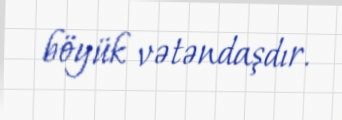
böyük vətəndaşdır.